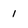
Character: 1